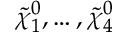
{ \tilde { \chi } } _ { 1 } ^ { 0 } , \ldots , { \tilde { \chi } } _ { 4 } ^ { 0 }